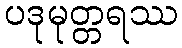
ပဒုမုတ္တရဿ